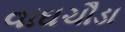
વાઘચૌડા